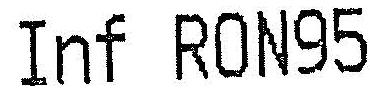
INF RON95